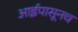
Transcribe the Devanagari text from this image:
आईपासूनच